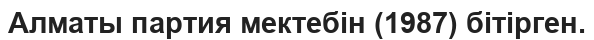
Алматы партия мектебін (1987) бітірген.